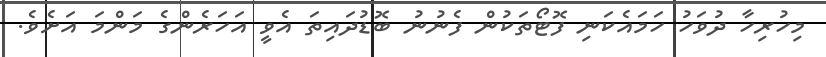
މިހުރިހާ ދުވަހު ހަމައެކަނި ފޮޓޯތަކުން ފެނުނު ބޮޑުދައިތަ އެވީ އަހަރެންގެ މަންމަ އަށެވެ.